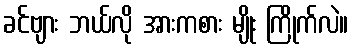
ခင်ဗျား ဘယ်လို အားကစား မျိုး ကြိုက်လဲ။